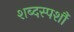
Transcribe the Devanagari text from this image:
शब्दस्पर्शौ